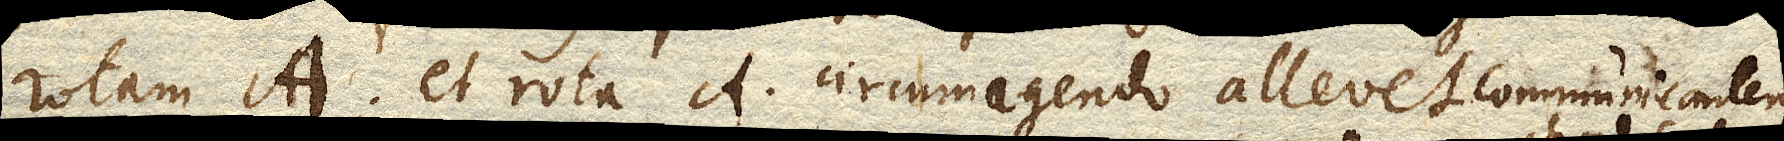
rotam a et rota a circumagendo allevet communicantem